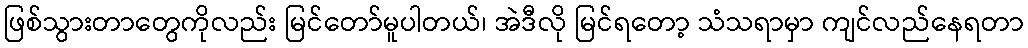
ဖြစ်သွားတာတွေကိုလည်း မြင်တော်မူပါတယ်၊ အဲဒီလို မြင်ရတော့ သံသရာမှာ ကျင်လည်နေရတာ